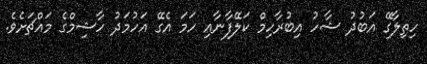
ހިތިލާގޭ އަބުދު ޝާހު އިބުރާހިމް ކަލޭފާނާއި ހަމަ އެގޭ އަހުމަދު ހާޝިމްގެ މައްޗަށެވެ.